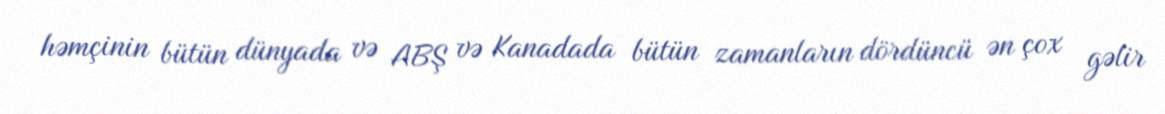
həmçinin bütün dünyada və ABŞ və Kanadada bütün zamanların dördüncü ən çox gəlir